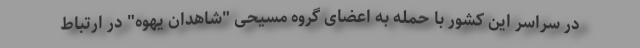
در سراسر این کشور با حمله به اعضای گروه مسیحی "شاهدان یهوه" در ارتباط